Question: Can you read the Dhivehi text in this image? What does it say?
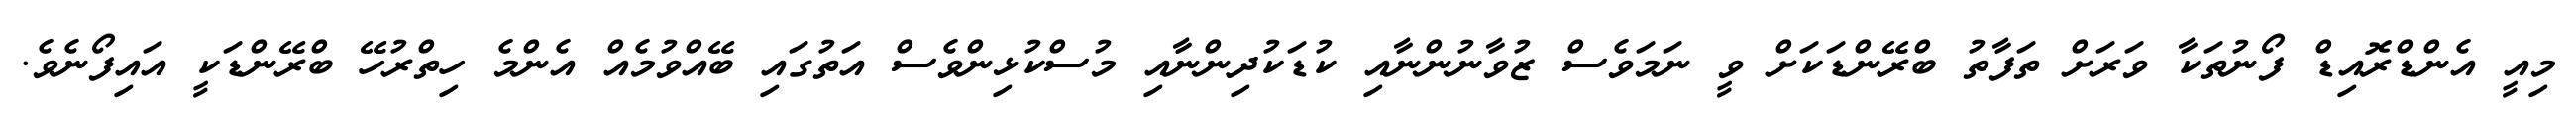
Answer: މިއީ އެންޑްރޮއިޑް ފޯނުތަކާ ވަރަށް ތަފާތު ބްރޭންޑަކަށް ވީ ނަމަވެސް ޒުވާނުންނާއި ކުޑަކުދިންނާއި މުސްކުޅިންވެސް އަތުގައި ބޭއްވުމެއް އެންމެ ހިތްރުހޭ ބްރޭންޑަކީ އައިފޯނެވެ.